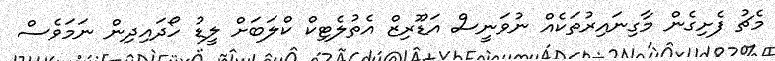
މެޗު ފެށިގެން މާގިނައިރުތަކެއް ނުވަނީސް އަޑޫރިޒް އެތުލެޓިކް ކްލަބަށް ލީޑު ހޯދައިދިން ނަމަވެސް